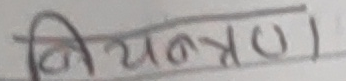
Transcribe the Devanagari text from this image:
नियन्त्रण।